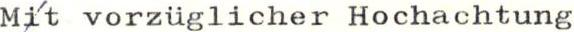
Mit vorzüglicher Hochachtung